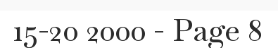
15-20 2000 - Page 8